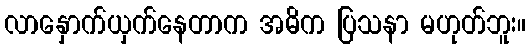
လာနှောက်ယှက်နေတာက အဓိက ပြသနာ မဟုတ်ဘူး။